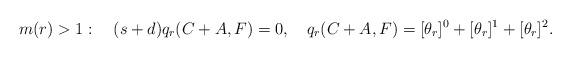
LaTeX: \begin{align*}m(r)>1:\quad (s+d)q_r(C+A,F)=0,\quad q_r(C+A,F)=[\theta_r]^0+[\theta_r]^1+[\theta_r]^2.\end{align*}